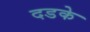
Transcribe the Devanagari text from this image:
दडके